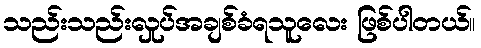
သည်းသည်းလှုပ်အချစ်ခံရသူလေး ဖြစ်ပါတယ်။